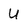
Character: U